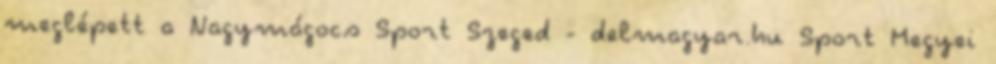
meglépett a Nagymágocs Sport Szeged - delmagyar.hu Sport Megyei